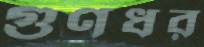
গুণধর